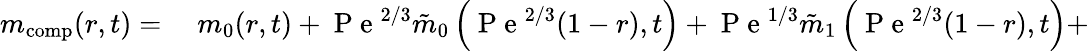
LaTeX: \begin{array}{rl}{m_{\mathrm{comp}}(r,t)=}&{{}\; m_{0}(r,t)+\mathrm{~P~e~}^{2/3}\tilde{m}_{0}\left(\mathrm{~P~e~}^{2/3}(1-r),t\right)+\mathrm{~P~e~}^{1/3}\tilde{m}_{1}\left(\mathrm{~P~e~}^{2/3}(1-r),t\right)+}\end{array}